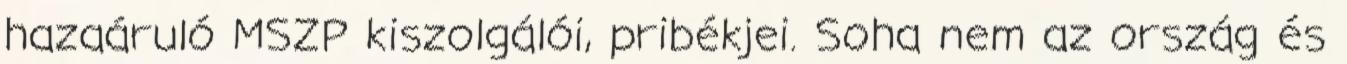
hazaáruló MSZP kiszolgálói, pribékjei. Soha nem az ország és